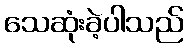
သေဆုံးခဲ့ပါသည်